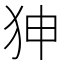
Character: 𤝚